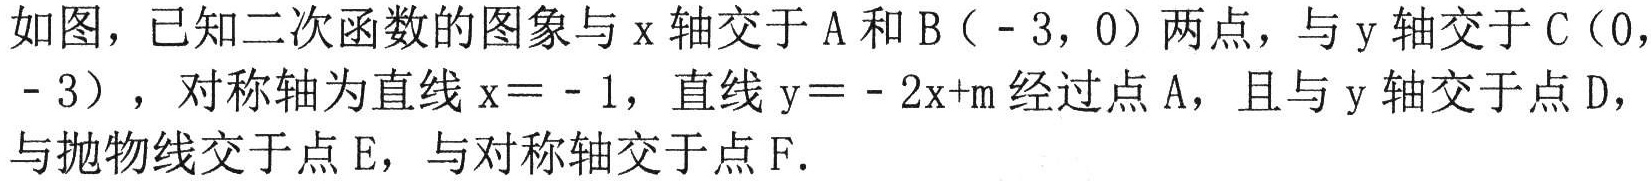
如图，已知二次函数的图象与\(x\)轴交于\(A\)和\(B(-3,0)\)两点，与\(y\)轴交于\(C(0,-3)\)，对称轴为直线\(x = - 1\)，直线\(y=-2x + m\)经过点\(A\)，且与\(y\)轴交于点\(D\)，与抛物线交于点\(E\)，与对称轴交于点\(F\).